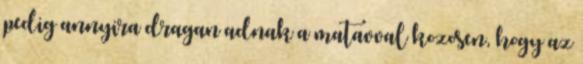
pedig annyira dragan adnak a matavval kozosen, hogy az